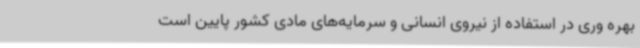
بهره وری در استفاده از نیروی انسانی و سرمایه‌های مادی کشور پایین است